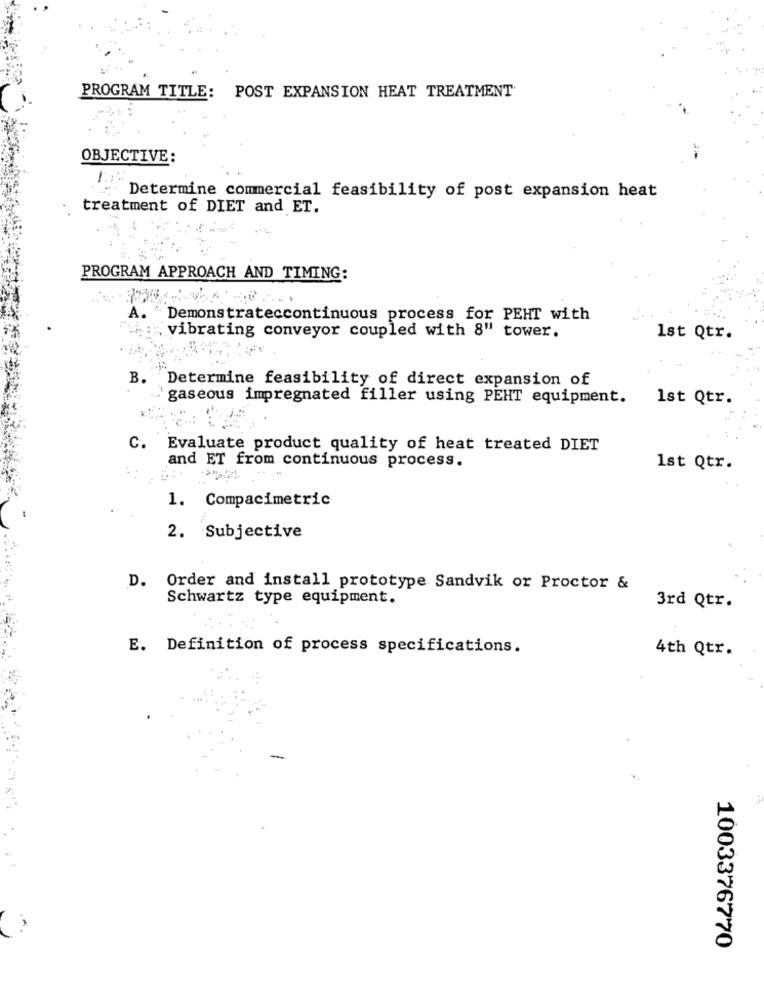
PROGRAM TITLE: POST EXPANSION HEAT TREATMENT
OBJECTIVE:
Determine commercial feasibility of post expansion heat
treatment of DIET and ET.
PROGRAM APPROACH AND TIMING:
Demonstrateccontinuous process for PEHT with
vibrating conveyor coupled with 8" tower.
1st Qtr.
B.
Determine feasibility of direct expansion of
gaseous impregnated filler using PEHT equipment.
1st Qtr.
C.
Evaluate product quality of heat treated DIET
and ET from continuous process.
1st Qtr.
1. Compacimetric
2. Subjective
D. Order and install prototype Sandvik or Proctor &
Schwartz type equipment.
3rd Qtr.
E. Definition of process specifications.
4th Qtr.
1003376770